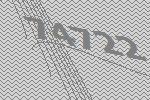
74722